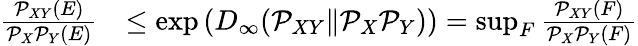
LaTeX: \begin{array}{rl}{\frac{\mathcal{P}_{XY}(E)}{\mathcal{P}_{X}\mathcal{P}_{Y}(E)}}&{\leq\exp\left(D_{\infty}(\mathcal{P}_{XY}\| \mathcal{P}_{X}\mathcal{P}_{Y})\right)=\operatorname*{sup}_{F}\frac{\mathcal{P}_{XY}(F)}{\mathcal{P}_{X}\mathcal{P}_{Y}(F)}}\end{array}